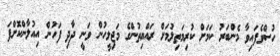
ހުސްވެފައިވާ މެންބަރު ކަމަށް ކުރިމަތިލުމަށް ރައްޔިތުންގެ މަޖިލީހުން ވަނީ ދާދި ފަހުން އިއުލާންކޮށްފަ